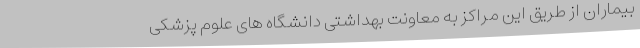
بیماران از طریق این مراکز به معاونت بهداشتی دانشگاه های علوم پزشکی